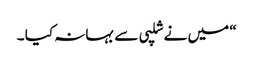
“ میں نے شلپی سے بہانہ کیا ۔